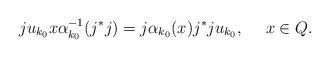
LaTeX: \begin{align*}ju_{k_0}x\alpha_{k_0}^{-1}(j^*j)=j\alpha_{k_0}(x)j^*ju_{k_0},\ \ \ \ x\in Q.\end{align*}